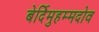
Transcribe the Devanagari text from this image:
बेर्दिमुहम्मदोव